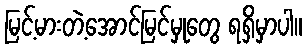
မြင့်မားတဲ့အောင်မြင်မှုတွေ ရရှိမှာပါ။